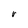
Character: r